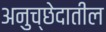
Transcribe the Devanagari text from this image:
अनुच्छेदातील